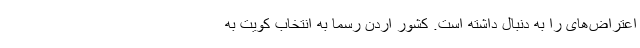
اعتراض‌های را به دنبال داشته است. کشور اردن رسما به انتخاب کویت به